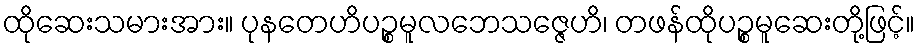
ထိုဆေးသမားအား။ ပုနတေဟိပဉ္စမူလဘေသဇ္ဇေဟိ၊ တဖန်ထိုပဉ္စမူဆေးတို့ဖြင့်။